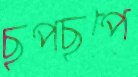
ছপছপে